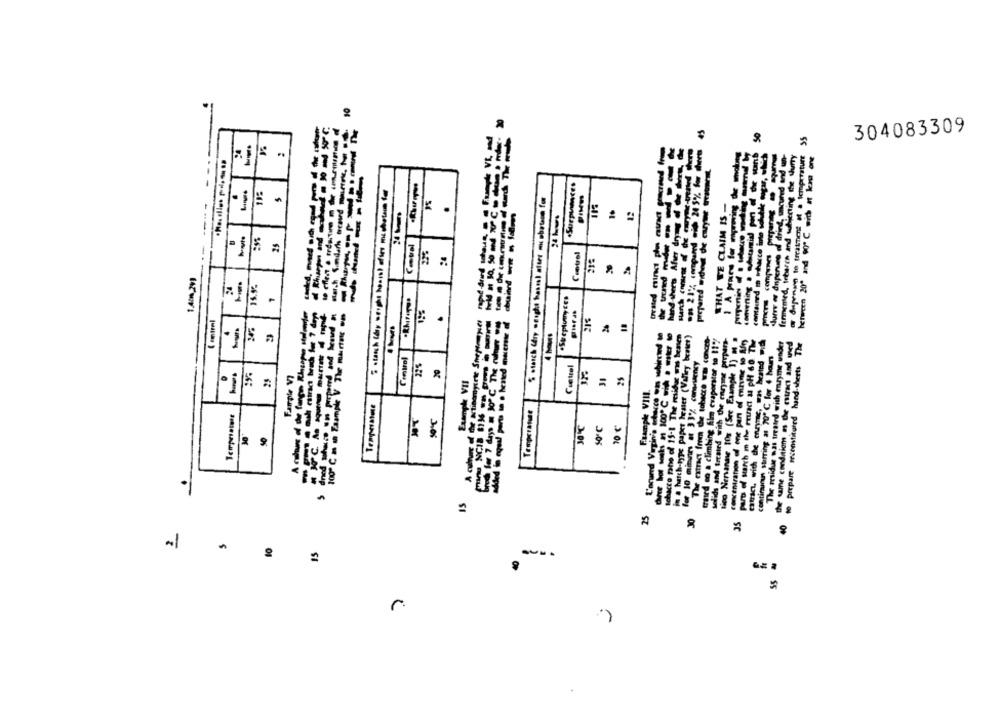
.
-
45
50
55
304083309
treated minc phis euse pocrowd from
--------
on 21% compared .il 24 5% for wwww
contained m sharce ine schbike ogur, which
- deperio to treatment at a temperature
fermented, interen and whenting the curry
between 200 and 90℃ -id n kan one
--.
-- - --
.Surpinces
WHAT WE CLAIM IS -
112
Jurre or dnperuse of dring, une
chuinf - - film
hand sheets Afver dry
-
-
Control
15.9%
.Streptomy CES
100º C m m Taample V The martac .m
love for 7 days = 30º C. The nature why
215
.
-------
added in equal parts un · tested muerte al
L'orund Virgin's facce on sobieend to
Ichacco pho of 15-1 The mid was benen
in a hatch-type paper hesser (Valley bester)
The extract from the tobacco wm conces-
card so a climbing Alm evaporator to 117
solids and treated with the cnryine perpers-
Nieo Nervanne 10g (See Example ]) M .
concentration of one pen of mrme to Le
The residue was treated with enzyme under
the same condition as the eurac and uned
to prepare reconstituted hand-therts The
contiraucuns stirring as "0" ℃ for 4 hours
Control
for 10 minutes at 33% consistency
22%
Ciettel
%
Farrple V?
Example VII
·i
Fuample VIII.
Temperatust
10 €
10
25
30
35
-1
15
-
SS